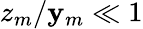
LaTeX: z_{m}/\mathbf{y}_{m}\ll1